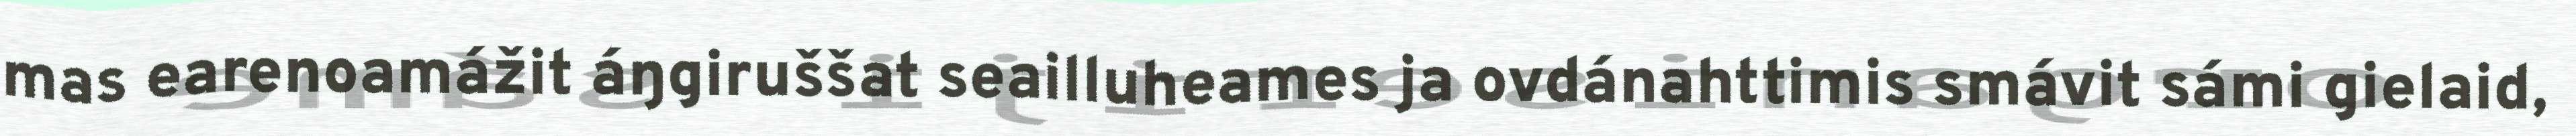
mas earenoamážit áŋgiruššat seailluheames ja ovdánahttimis smávit sámi gielaid,